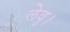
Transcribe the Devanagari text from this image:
लेवु।